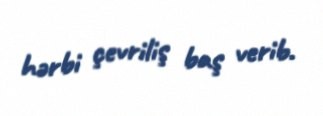
hərbi çevriliş baş verib.